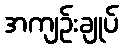
အကျဉ်းချုပ်